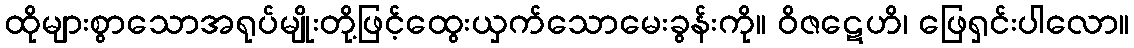
ထိုများစွာသောအရုပ်မျိုးတို့ဖြင့်ထွေးယှက်သောမေးခွန်းကို။ ဝိဇဋေဟိ၊ ဖြေရှင်းပါလော။